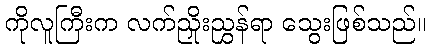
ကိုလူကြီးက လက်ညှိုးညွှန်ရာ သွေးဖြစ်သည်။